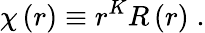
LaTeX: \chi\left(r\right)\equiv r^{K}R\left(r\right)\; .